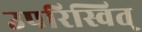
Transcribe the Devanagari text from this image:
उपरिस्वित्